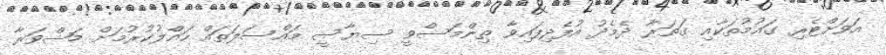
އަވަށްޓެރި ގައުމުތަކާއި ގަތަރާ ދެމެދު އުފެދިފައިވާ ތިންމަސްވީ ސިޔާސީ މައްސަލަތައް ހައްލުކުރުމަށް މަޝްވަރާ